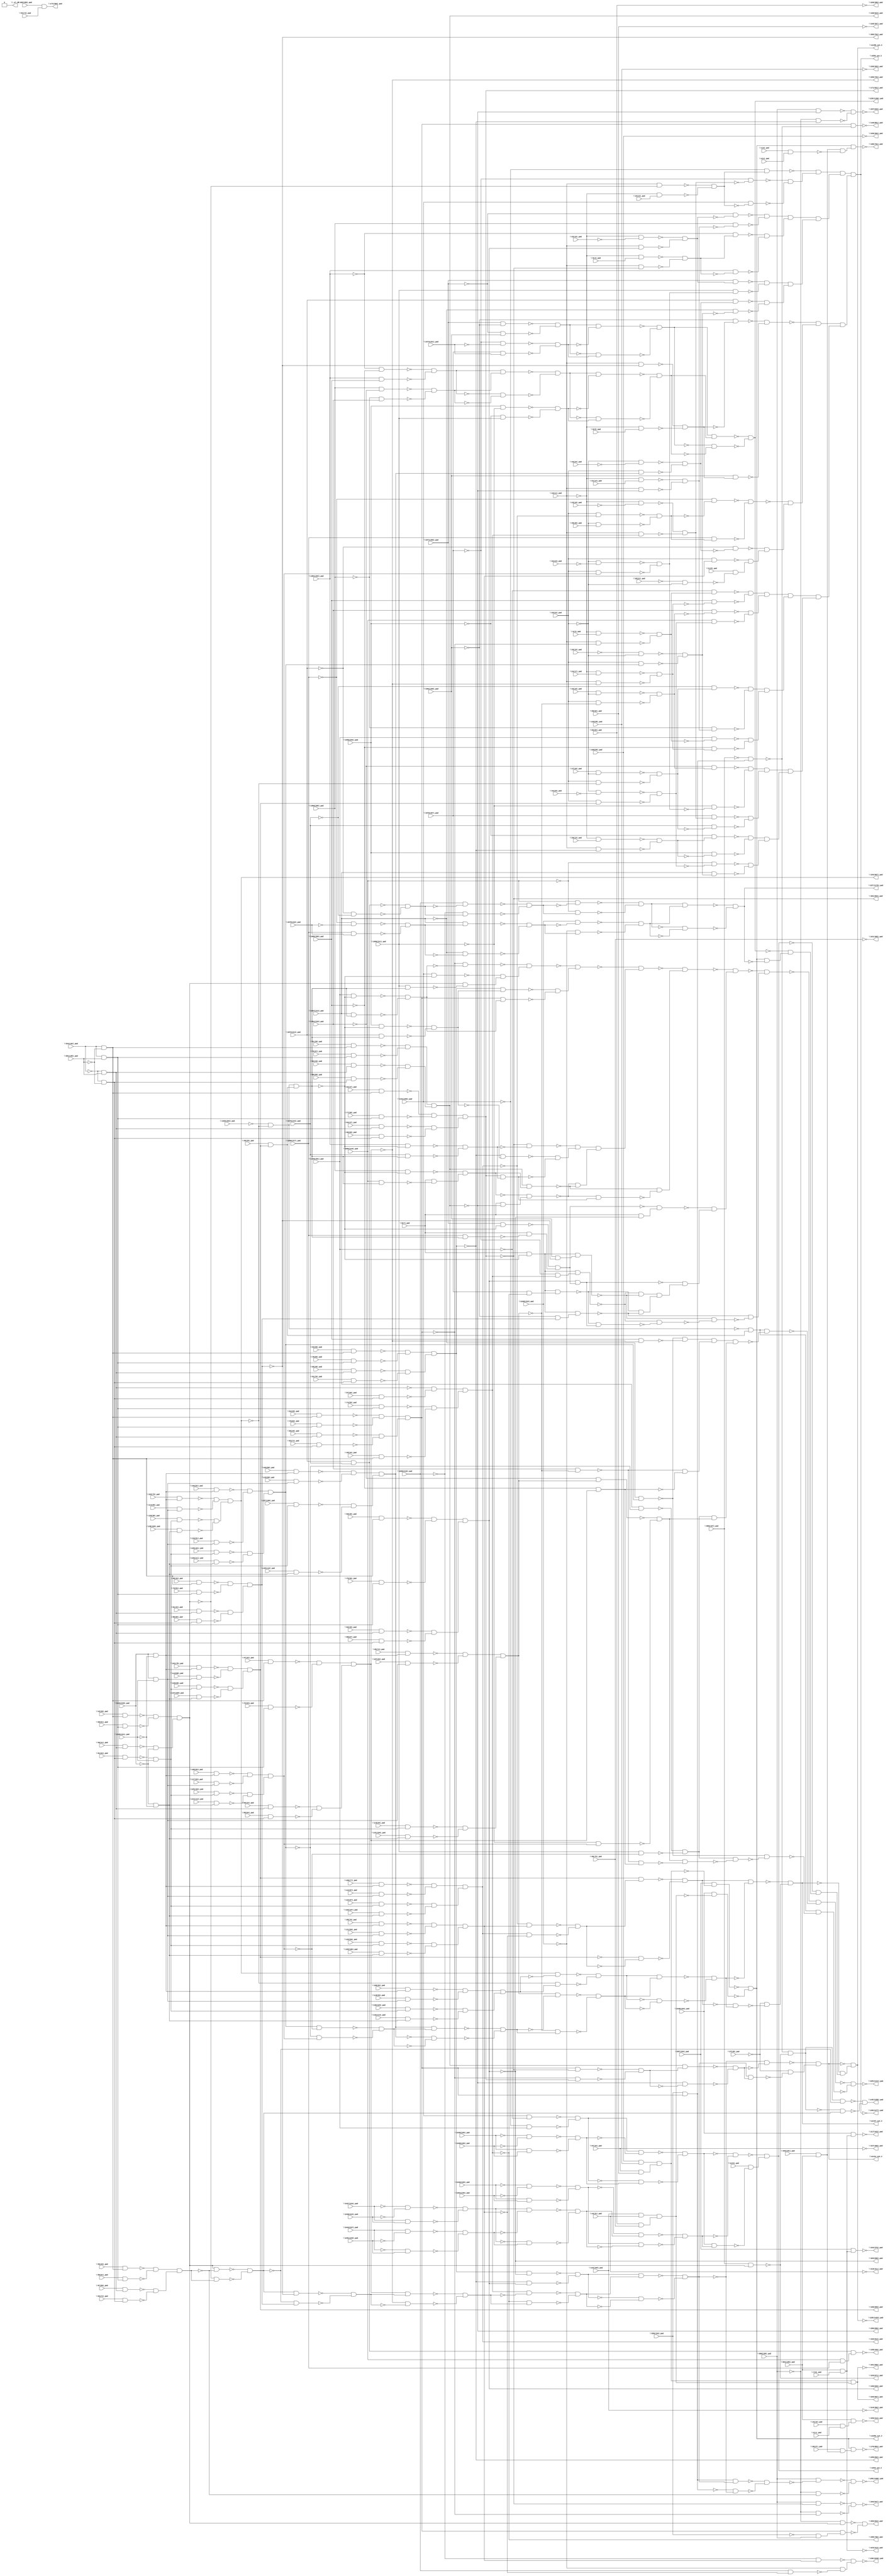
module top( \1(0)_pad  , \100(77)_pad  , \101(78)_pad  , \102(79)_pad  , \103(80)_pad  , \104(81)_pad  , \105(82)_pad  , \106(83)_pad  , \107(84)_pad  , \108(85)_pad  , \11(8)_pad  , \111(86)_pad  , \112(87)_pad  , \113(88)_pad  , \114(89)_pad  , \115(90)_pad  , \116(91)_pad  , \117(92)_pad  , \118(93)_pad  , \119(94)_pad  , \120(95)_pad  , \123(96)_pad  , \124(97)_pad  , \125(98)_pad  , \126(99)_pad  , \127(100)_pad  , \128(101)_pad  , \129(102)_pad  , \130(103)_pad  , \131(104)_pad  , \132(105)_pad  , \1341(200)_pad  , \1348(201)_pad  , \135(106)_pad  , \136(107)_pad  , \137(108)_pad  , \138(109)_pad  , \1384(202)_pad  , \139(110)_pad  , \14(9)_pad  , \140(111)_pad  , \141(112)_pad  , \142(113)_pad  , \15(10)_pad  , \16(11)_pad  , \19(12)_pad  , \1956(203)_pad  , \1961(204)_pad  , \1966(205)_pad  , \1971(206)_pad  , \1976(207)_pad  , \1981(208)_pad  , \1986(209)_pad  , \1991(210)_pad  , \1996(211)_pad  , \2(1)_pad  , \20(13)_pad  , \2067(213)_pad  , \2072(214)_pad  , \2078(215)_pad  , \2084(216)_pad  , \2090(217)_pad  , \2096(218)_pad  , \21(14)_pad  , \2100(219)_pad  , \2104(220)_pad  , \2105(221)_pad  , \2106(222)_pad  , \22(15)_pad  , \23(16)_pad  , \24(17)_pad  , \2427(223)_pad  , \2430(224)_pad  , \2435(225)_pad  , \2438(226)_pad  , \2443(227)_pad  , \2446(228)_pad  , \2451(229)_pad  , \2454(230)_pad  , \2474(231)_pad  , \25(18)_pad  , \26(19)_pad  , \2678(232)_pad  , \27(20)_pad  , \28(21)_pad  , \29(22)_pad  , \3(2)_pad  , \32(23)_pad  , \33(24)_pad  , \34(25)_pad  , \35(26)_pad  , \36(27)_pad  , \37(28)_pad  , \4(3)_pad  , \40(29)_pad  , \409(298)_pad  , \43(30)_pad  , \44(31)_pad  , \47(32)_pad  , \48(33)_pad  , \483(191)_pad  , \49(34)_pad  , \5(4)_pad  , \50(35)_pad  , \51(36)_pad  , \52(37)_pad  , \53(38)_pad  , \54(39)_pad  , \543(192)_pad  , \55(40)_pad  , \559(193)_pad  , \56(41)_pad  , \567(194)_pad  , \57(42)_pad  , \6(5)_pad  , \60(43)_pad  , \61(44)_pad  , \62(45)_pad  , \63(46)_pad  , \64(47)_pad  , \65(48)_pad  , \651(195)_pad  , \66(49)_pad  , \661(196)_pad  , \67(50)_pad  , \68(51)_pad  , \69(52)_pad  , \7(6)_pad  , \72(53)_pad  , \73(54)_pad  , \74(55)_pad  , \75(56)_pad  , \76(57)_pad  , \77(58)_pad  , \78(59)_pad  , \79(60)_pad  , \8(7)_pad  , \80(61)_pad  , \81(62)_pad  , \82(63)_pad  , \85(64)_pad  , \86(65)_pad  , \860(197)_pad  , \868(198)_pad  , \87(66)_pad  , \88(67)_pad  , \89(68)_pad  , \90(69)_pad  , \91(70)_pad  , \92(71)_pad  , \93(72)_pad  , \94(73)_pad  , \95(74)_pad  , \96(75)_pad  , \99(76)_pad  , \145(1358)_pad  , \148(851)_pad  , \150(1277)_pad  , \153(671)_pad  , \156(1046)_pad  , \158(349)_pad  , \160(609)_pad  , \162(612)_pad  , \164(607)_pad  , \166(625)_pad  , \168(623)_pad  , \171(621)_pad  , \173(389)_pad  , \176(803)_pad  , \188(761)_pad  , \217(423)_pad  , \218(311)_pad  , \219(302)_pad  , \220(306)_pad  , \221(305)_pad  , \223(413)_pad  , \225(1424)_pad  , \227(1179)_pad  , \229(1180)_pad  , \234(376)_pad  , \235(307)_pad  , \236(303)_pad  , \237(309)_pad  , \238(304)_pad  , \259(414)_pad  , \261(506)_pad  , \282(922)_pad  , \284(847)_pad  , \286(696)_pad  , \288(700)_pad  , \290(704)_pad  , \295(1400)_pad  , \297(849)_pad  , \299(692)_pad  , \301(694)_pad  , \303(698)_pad  , \305(702)_pad  , \325(507)_pad  , \329(1414)_pad  , \_al_n0  , \u1082_syn_3  , \u1396_syn_3  , \u1414_syn_3  , \u1447_syn_3  , \u538_syn_3  , \u539_syn_3  );
  input \1(0)_pad  ;
  input \100(77)_pad  ;
  input \101(78)_pad  ;
  input \102(79)_pad  ;
  input \103(80)_pad  ;
  input \104(81)_pad  ;
  input \105(82)_pad  ;
  input \106(83)_pad  ;
  input \107(84)_pad  ;
  input \108(85)_pad  ;
  input \11(8)_pad  ;
  input \111(86)_pad  ;
  input \112(87)_pad  ;
  input \113(88)_pad  ;
  input \114(89)_pad  ;
  input \115(90)_pad  ;
  input \116(91)_pad  ;
  input \117(92)_pad  ;
  input \118(93)_pad  ;
  input \119(94)_pad  ;
  input \120(95)_pad  ;
  input \123(96)_pad  ;
  input \124(97)_pad  ;
  input \125(98)_pad  ;
  input \126(99)_pad  ;
  input \127(100)_pad  ;
  input \128(101)_pad  ;
  input \129(102)_pad  ;
  input \130(103)_pad  ;
  input \131(104)_pad  ;
  input \132(105)_pad  ;
  input \1341(200)_pad  ;
  input \1348(201)_pad  ;
  input \135(106)_pad  ;
  input \136(107)_pad  ;
  input \137(108)_pad  ;
  input \138(109)_pad  ;
  input \1384(202)_pad  ;
  input \139(110)_pad  ;
  input \14(9)_pad  ;
  input \140(111)_pad  ;
  input \141(112)_pad  ;
  input \142(113)_pad  ;
  input \15(10)_pad  ;
  input \16(11)_pad  ;
  input \19(12)_pad  ;
  input \1956(203)_pad  ;
  input \1961(204)_pad  ;
  input \1966(205)_pad  ;
  input \1971(206)_pad  ;
  input \1976(207)_pad  ;
  input \1981(208)_pad  ;
  input \1986(209)_pad  ;
  input \1991(210)_pad  ;
  input \1996(211)_pad  ;
  input \2(1)_pad  ;
  input \20(13)_pad  ;
  input \2067(213)_pad  ;
  input \2072(214)_pad  ;
  input \2078(215)_pad  ;
  input \2084(216)_pad  ;
  input \2090(217)_pad  ;
  input \2096(218)_pad  ;
  input \21(14)_pad  ;
  input \2100(219)_pad  ;
  input \2104(220)_pad  ;
  input \2105(221)_pad  ;
  input \2106(222)_pad  ;
  input \22(15)_pad  ;
  input \23(16)_pad  ;
  input \24(17)_pad  ;
  input \2427(223)_pad  ;
  input \2430(224)_pad  ;
  input \2435(225)_pad  ;
  input \2438(226)_pad  ;
  input \2443(227)_pad  ;
  input \2446(228)_pad  ;
  input \2451(229)_pad  ;
  input \2454(230)_pad  ;
  input \2474(231)_pad  ;
  input \25(18)_pad  ;
  input \26(19)_pad  ;
  input \2678(232)_pad  ;
  input \27(20)_pad  ;
  input \28(21)_pad  ;
  input \29(22)_pad  ;
  input \3(2)_pad  ;
  input \32(23)_pad  ;
  input \33(24)_pad  ;
  input \34(25)_pad  ;
  input \35(26)_pad  ;
  input \36(27)_pad  ;
  input \37(28)_pad  ;
  input \4(3)_pad  ;
  input \40(29)_pad  ;
  input \409(298)_pad  ;
  input \43(30)_pad  ;
  input \44(31)_pad  ;
  input \47(32)_pad  ;
  input \48(33)_pad  ;
  input \483(191)_pad  ;
  input \49(34)_pad  ;
  input \5(4)_pad  ;
  input \50(35)_pad  ;
  input \51(36)_pad  ;
  input \52(37)_pad  ;
  input \53(38)_pad  ;
  input \54(39)_pad  ;
  input \543(192)_pad  ;
  input \55(40)_pad  ;
  input \559(193)_pad  ;
  input \56(41)_pad  ;
  input \567(194)_pad  ;
  input \57(42)_pad  ;
  input \6(5)_pad  ;
  input \60(43)_pad  ;
  input \61(44)_pad  ;
  input \62(45)_pad  ;
  input \63(46)_pad  ;
  input \64(47)_pad  ;
  input \65(48)_pad  ;
  input \651(195)_pad  ;
  input \66(49)_pad  ;
  input \661(196)_pad  ;
  input \67(50)_pad  ;
  input \68(51)_pad  ;
  input \69(52)_pad  ;
  input \7(6)_pad  ;
  input \72(53)_pad  ;
  input \73(54)_pad  ;
  input \74(55)_pad  ;
  input \75(56)_pad  ;
  input \76(57)_pad  ;
  input \77(58)_pad  ;
  input \78(59)_pad  ;
  input \79(60)_pad  ;
  input \8(7)_pad  ;
  input \80(61)_pad  ;
  input \81(62)_pad  ;
  input \82(63)_pad  ;
  input \85(64)_pad  ;
  input \86(65)_pad  ;
  input \860(197)_pad  ;
  input \868(198)_pad  ;
  input \87(66)_pad  ;
  input \88(67)_pad  ;
  input \89(68)_pad  ;
  input \90(69)_pad  ;
  input \91(70)_pad  ;
  input \92(71)_pad  ;
  input \93(72)_pad  ;
  input \94(73)_pad  ;
  input \95(74)_pad  ;
  input \96(75)_pad  ;
  input \99(76)_pad  ;
  output \145(1358)_pad  ;
  output \148(851)_pad  ;
  output \150(1277)_pad  ;
  output \153(671)_pad  ;
  output \156(1046)_pad  ;
  output \158(349)_pad  ;
  output \160(609)_pad  ;
  output \162(612)_pad  ;
  output \164(607)_pad  ;
  output \166(625)_pad  ;
  output \168(623)_pad  ;
  output \171(621)_pad  ;
  output \173(389)_pad  ;
  output \176(803)_pad  ;
  output \188(761)_pad  ;
  output \217(423)_pad  ;
  output \218(311)_pad  ;
  output \219(302)_pad  ;
  output \220(306)_pad  ;
  output \221(305)_pad  ;
  output \223(413)_pad  ;
  output \225(1424)_pad  ;
  output \227(1179)_pad  ;
  output \229(1180)_pad  ;
  output \234(376)_pad  ;
  output \235(307)_pad  ;
  output \236(303)_pad  ;
  output \237(309)_pad  ;
  output \238(304)_pad  ;
  output \259(414)_pad  ;
  output \261(506)_pad  ;
  output \282(922)_pad  ;
  output \284(847)_pad  ;
  output \286(696)_pad  ;
  output \288(700)_pad  ;
  output \290(704)_pad  ;
  output \295(1400)_pad  ;
  output \297(849)_pad  ;
  output \299(692)_pad  ;
  output \301(694)_pad  ;
  output \303(698)_pad  ;
  output \305(702)_pad  ;
  output \325(507)_pad  ;
  output \329(1414)_pad  ;
  output \_al_n0  ;
  output \u1082_syn_3  ;
  output \u1396_syn_3  ;
  output \u1414_syn_3  ;
  output \u1447_syn_3  ;
  output \u538_syn_3  ;
  output \u539_syn_3  ;
  wire n156 , n157 , n158 , n159 , n160 , n161 , n162 , n163 , n164 , n165 , n166 , n167 , n168 , n169 , n170 , n171 , n172 , n173 , n174 , n175 , n176 , n177 , n178 , n179 , n180 , n181 , n182 , n183 , n184 , n185 , n186 , n187 , n188 , n189 , n190 , n191 , n192 , n193 , n194 , n195 , n196 , n197 , n198 , n199 , n200 , n201 , n202 , n203 , n204 , n205 , n206 , n207 , n208 , n209 , n210 , n211 , n212 , n213 , n214 , n215 , n216 , n217 , n218 , n219 , n220 , n221 , n222 , n223 , n224 , n225 , n226 , n227 , n228 , n229 , n230 , n231 , n232 , n233 , n234 , n235 , n236 , n237 , n238 , n239 , n240 , n241 , n242 , n243 , n244 , n245 , n246 , n247 , n248 , n249 , n250 , n251 , n252 , n253 , n254 , n255 , n256 , n257 , n258 , n259 , n260 , n261 , n262 , n263 , n264 , n265 , n266 , n267 , n268 , n269 , n270 , n271 , n272 , n273 , n274 , n275 , n276 , n277 , n278 , n279 , n280 , n281 , n282 , n283 , n284 , n285 , n286 , n287 , n288 , n289 , n290 , n291 , n292 , n293 , n294 , n295 , n296 , n297 , n298 , n299 , n300 , n301 , n302 , n303 , n304 , n305 , n306 , n307 , n308 , n309 , n310 , n311 , n312 , n313 , n314 , n315 , n316 , n317 , n318 , n319 , n320 , n321 , n322 , n323 , n324 , n325 , n326 , n327 , n328 , n329 , n330 , n331 , n332 , n333 , n334 , n335 , n336 , n337 , n338 , n339 , n340 , n341 , n342 , n343 , n344 , n345 , n346 , n347 , n348 , n349 , n350 , n351 , n352 , n353 , n354 , n355 , n356 , n357 , n358 , n359 , n360 , n361 , n362 , n363 , n364 , n365 , n366 , n367 , n368 , n369 , n370 , n371 , n372 , n373 , n374 , n375 , n376 , n377 , n378 , n379 , n380 , n381 , n382 , n383 , n384 , n385 , n386 , n387 , n388 , n389 , n390 , n391 , n392 , n393 , n394 , n395 , n396 , n397 , n398 , n399 , n400 , n401 , n402 , n403 , n404 , n405 , n406 , n407 , n408 , n409 , n410 , n411 , n412 , n413 , n414 , n415 , n416 , n417 , n418 , n419 , n420 , n421 , n422 , n423 , n424 , n425 , n426 , n427 , n428 , n429 , n430 , n431 , n432 , n433 , n434 , n435 , n436 , n437 , n438 , n439 , n440 , n441 , n442 , n443 , n444 , n445 , n446 , n447 , n448 , n449 , n450 , n451 , n452 , n453 , n454 , n455 , n456 , n457 , n458 , n459 , n460 , n461 , n462 , n463 , n464 , n465 , n466 , n467 , n468 , n469 , n470 , n471 , n472 , n473 , n474 , n475 , n476 , n477 , n478 , n479 , n480 , n481 , n482 , n483 , n484 , n485 , n486 , n487 , n488 , n489 , n490 , n491 , n492 , n493 , n494 , n495 , n496 , n497 , n498 , n499 , n500 , n501 , n502 , n503 , n504 , n505 , n506 , n507 , n508 , n509 , n510 , n511 , n512 , n513 , n514 , n515 , n516 , n517 , n518 , n519 , n520 , n521 , n522 , n523 , n524 , n525 , n526 , n527 , n528 , n529 , n530 , n531 , n532 , n533 , n534 , n535 , n536 , n537 , n538 , n539 , n540 , n541 , n542 , n543 , n544 , n545 , n546 , n547 , n548 , n549 , n550 , n551 , n552 , n553 , n554 , n555 , n556 , n557 , n558 , n559 , n560 , n561 , n562 , n563 , n564 , n565 , n566 , n567 , n568 , n569 , n570 , n571 , n572 , n573 , n574 , n575 , n576 , n577 , n578 , n579 , n580 , n581 , n582 , n583 , n584 , n585 , n586 , n587 , n588 , n589 , n590 , n591 , n592 , n593 , n594 , n595 , n596 , n597 , n598 , n599 , n600 , n601 , n602 , n603 , n604 , n605 , n606 , n607 , n608 , n609 , n610 , n611 , n612 , n613 , n614 , n615 , n616 , n617 , n618 , n619 , n620 , n621 , n622 , n623 , n624 , n625 , n626 , n627 , n628 , n629 , n630 , n631 , n632 , n633 , n634 , n635 , n636 , n637 , n638 , n639 , n640 , n641 , n642 , n643 , n644 , n645 , n646 , n647 , n648 , n649 , n650 , n651 , n652 , n653 , n654 , n655 , n656 , n657 , n658 , n659 , n660 , n661 , n662 , n663 , n664 , n665 , n666 , n667 , n668 , n669 , n670 , n671 , n672 , n673 , n674 , n675 , n676 , n677 , n678 , n679 , n680 , n681 , n682 , n683 , n684 , n685 , n686 , n687 , n688 ;
  assign n156 = \543(192)_pad  & ~\651(195)_pad  ;
  assign n157 = \54(39)_pad  & n156 ;
  assign n158 = \543(192)_pad  & \651(195)_pad  ;
  assign n159 = \79(60)_pad  & n158 ;
  assign n164 = ~n157 & ~n159 ;
  assign n160 = ~\543(192)_pad  & \651(195)_pad  ;
  assign n161 = \66(49)_pad  & n160 ;
  assign n162 = ~\543(192)_pad  & ~\651(195)_pad  ;
  assign n163 = \92(71)_pad  & n162 ;
  assign n165 = ~n161 & ~n163 ;
  assign n166 = n164 & n165 ;
  assign n167 = \559(193)_pad  & n166 ;
  assign n168 = ~\860(197)_pad  & n167 ;
  assign n169 = \43(30)_pad  & n156 ;
  assign n170 = \68(51)_pad  & n158 ;
  assign n173 = ~n169 & ~n170 ;
  assign n171 = \56(41)_pad  & n160 ;
  assign n172 = \81(62)_pad  & n162 ;
  assign n174 = ~n171 & ~n172 ;
  assign n175 = n173 & n174 ;
  assign n176 = \860(197)_pad  & n175 ;
  assign n177 = ~n168 & ~n176 ;
  assign n178 = \55(40)_pad  & n156 ;
  assign n179 = \80(61)_pad  & n158 ;
  assign n182 = ~n178 & ~n179 ;
  assign n180 = \67(50)_pad  & n160 ;
  assign n181 = \93(72)_pad  & n162 ;
  assign n183 = ~n180 & ~n181 ;
  assign n184 = n182 & n183 ;
  assign n185 = n175 & ~n184 ;
  assign n186 = ~n175 & n184 ;
  assign n187 = ~n185 & ~n186 ;
  assign n188 = n177 & ~n187 ;
  assign n189 = ~n177 & n187 ;
  assign n190 = ~n188 & ~n189 ;
  assign n191 = n166 & ~n168 ;
  assign n379 = \16(11)_pad  & ~n175 ;
  assign n380 = ~\16(11)_pad  & \19(12)_pad  ;
  assign n381 = ~n379 & ~n380 ;
  assign n383 = ~\1341(200)_pad  & n381 ;
  assign n339 = ~\16(11)_pad  & ~\23(16)_pad  ;
  assign n340 = \87(66)_pad  & n162 ;
  assign n343 = ~n160 & ~n340 ;
  assign n341 = \74(55)_pad  & n158 ;
  assign n342 = \49(34)_pad  & n156 ;
  assign n344 = ~n341 & ~n342 ;
  assign n345 = n343 & n344 ;
  assign n346 = \16(11)_pad  & n345 ;
  assign n347 = ~n339 & ~n346 ;
  assign n378 = ~\1976(207)_pad  & ~n347 ;
  assign n382 = \1341(200)_pad  & ~n381 ;
  assign n399 = ~n378 & ~n382 ;
  assign n400 = ~n383 & n399 ;
  assign n350 = ~\16(11)_pad  & ~\22(15)_pad  ;
  assign n351 = \50(35)_pad  & n156 ;
  assign n352 = \75(56)_pad  & n158 ;
  assign n355 = ~n351 & ~n352 ;
  assign n353 = \62(45)_pad  & n160 ;
  assign n354 = \88(67)_pad  & n162 ;
  assign n356 = ~n353 & ~n354 ;
  assign n357 = n355 & n356 ;
  assign n358 = \16(11)_pad  & n357 ;
  assign n359 = ~n350 & ~n358 ;
  assign n364 = ~\1971(206)_pad  & ~n359 ;
  assign n231 = ~\16(11)_pad  & \21(14)_pad  ;
  assign n232 = \51(36)_pad  & n156 ;
  assign n233 = \76(57)_pad  & n158 ;
  assign n236 = ~n232 & ~n233 ;
  assign n234 = \63(46)_pad  & n160 ;
  assign n235 = \89(68)_pad  & n162 ;
  assign n237 = ~n234 & ~n235 ;
  assign n238 = n236 & n237 ;
  assign n239 = \16(11)_pad  & ~n238 ;
  assign n240 = ~n231 & ~n239 ;
  assign n365 = \1966(205)_pad  & ~n240 ;
  assign n397 = ~n364 & ~n365 ;
  assign n366 = ~\16(11)_pad  & \5(4)_pad  ;
  assign n367 = \52(37)_pad  & n156 ;
  assign n368 = \77(58)_pad  & n158 ;
  assign n371 = ~n367 & ~n368 ;
  assign n369 = \64(47)_pad  & n160 ;
  assign n370 = \90(69)_pad  & n162 ;
  assign n372 = ~n369 & ~n370 ;
  assign n373 = n371 & n372 ;
  assign n374 = \16(11)_pad  & ~n373 ;
  assign n375 = ~n366 & ~n374 ;
  assign n376 = ~\1961(204)_pad  & n375 ;
  assign n377 = \1961(204)_pad  & ~n375 ;
  assign n398 = ~n376 & ~n377 ;
  assign n401 = n397 & n398 ;
  assign n360 = \1971(206)_pad  & n359 ;
  assign n328 = ~\29(22)_pad  & ~\32(23)_pad  ;
  assign n192 = \2104(220)_pad  & ~\2105(221)_pad  ;
  assign n329 = \105(82)_pad  & n192 ;
  assign n194 = \2104(220)_pad  & \2105(221)_pad  ;
  assign n330 = \117(92)_pad  & n194 ;
  assign n333 = ~n329 & ~n330 ;
  assign n196 = ~\2104(220)_pad  & \2105(221)_pad  ;
  assign n331 = \129(102)_pad  & n196 ;
  assign n198 = ~\2104(220)_pad  & ~\2105(221)_pad  ;
  assign n332 = \141(112)_pad  & n198 ;
  assign n334 = ~n331 & ~n332 ;
  assign n335 = n333 & n334 ;
  assign n336 = \29(22)_pad  & n335 ;
  assign n337 = ~n328 & ~n336 ;
  assign n361 = \1996(211)_pad  & n337 ;
  assign n395 = ~n360 & ~n361 ;
  assign n209 = ~\29(22)_pad  & ~\33(24)_pad  ;
  assign n210 = \103(80)_pad  & n192 ;
  assign n211 = \115(90)_pad  & n194 ;
  assign n214 = ~n210 & ~n211 ;
  assign n212 = \127(100)_pad  & n196 ;
  assign n213 = \139(110)_pad  & n198 ;
  assign n215 = ~n212 & ~n213 ;
  assign n216 = n214 & n215 ;
  assign n217 = \29(22)_pad  & n216 ;
  assign n218 = ~n209 & ~n217 ;
  assign n362 = \2072(214)_pad  & n218 ;
  assign n316 = ~\26(19)_pad  & ~\29(22)_pad  ;
  assign n317 = \104(81)_pad  & n192 ;
  assign n318 = \116(91)_pad  & n194 ;
  assign n321 = ~n317 & ~n318 ;
  assign n319 = \128(101)_pad  & n196 ;
  assign n320 = \140(111)_pad  & n198 ;
  assign n322 = ~n319 & ~n320 ;
  assign n323 = n321 & n322 ;
  assign n324 = \29(22)_pad  & n323 ;
  assign n325 = ~n316 & ~n324 ;
  assign n363 = ~\2067(213)_pad  & ~n325 ;
  assign n396 = ~n362 & ~n363 ;
  assign n402 = n395 & n396 ;
  assign n411 = n401 & n402 ;
  assign n412 = n400 & n411 ;
  assign n246 = \48(33)_pad  & n156 ;
  assign n247 = \73(54)_pad  & n158 ;
  assign n250 = ~n246 & ~n247 ;
  assign n248 = \61(44)_pad  & n160 ;
  assign n249 = \86(65)_pad  & n162 ;
  assign n251 = ~n248 & ~n249 ;
  assign n252 = n250 & n251 ;
  assign n253 = \16(11)_pad  & ~n252 ;
  assign n254 = ~\16(11)_pad  & \6(5)_pad  ;
  assign n255 = ~n253 & ~n254 ;
  assign n256 = ~\1981(208)_pad  & ~n255 ;
  assign n257 = \1981(208)_pad  & n255 ;
  assign n258 = ~n256 & ~n257 ;
  assign n193 = \100(77)_pad  & n192 ;
  assign n195 = \112(87)_pad  & n194 ;
  assign n200 = ~n193 & ~n195 ;
  assign n197 = \124(97)_pad  & n196 ;
  assign n199 = \136(107)_pad  & n198 ;
  assign n201 = ~n197 & ~n199 ;
  assign n202 = n200 & n201 ;
  assign n203 = \29(22)_pad  & ~n202 ;
  assign n204 = ~\29(22)_pad  & \35(26)_pad  ;
  assign n205 = ~n203 & ~n204 ;
  assign n206 = ~\2090(217)_pad  & ~n205 ;
  assign n207 = \2090(217)_pad  & n205 ;
  assign n208 = ~n206 & ~n207 ;
  assign n219 = ~\2072(214)_pad  & ~n218 ;
  assign n259 = \99(76)_pad  & n192 ;
  assign n260 = \111(86)_pad  & n194 ;
  assign n263 = ~n259 & ~n260 ;
  assign n261 = \123(96)_pad  & n196 ;
  assign n262 = \135(106)_pad  & n198 ;
  assign n264 = ~n261 & ~n262 ;
  assign n265 = n263 & n264 ;
  assign n266 = \29(22)_pad  & n265 ;
  assign n278 = ~\28(21)_pad  & ~\29(22)_pad  ;
  assign n384 = \11(8)_pad  & ~n278 ;
  assign n385 = ~n266 & n384 ;
  assign n386 = ~n219 & n385 ;
  assign n407 = ~n208 & n386 ;
  assign n408 = ~n258 & n407 ;
  assign n242 = ~\16(11)_pad  & \4(3)_pad  ;
  assign n243 = \16(11)_pad  & ~n166 ;
  assign n244 = ~n242 & ~n243 ;
  assign n279 = ~\1348(201)_pad  & n244 ;
  assign n267 = ~\16(11)_pad  & \24(17)_pad  ;
  assign n268 = \47(32)_pad  & n156 ;
  assign n269 = \72(53)_pad  & n158 ;
  assign n272 = ~n268 & ~n269 ;
  assign n270 = \60(43)_pad  & n160 ;
  assign n271 = \85(64)_pad  & n162 ;
  assign n273 = ~n270 & ~n271 ;
  assign n274 = n272 & n273 ;
  assign n275 = \16(11)_pad  & ~n274 ;
  assign n276 = ~n267 & ~n275 ;
  assign n280 = \1986(209)_pad  & ~n276 ;
  assign n389 = ~n279 & ~n280 ;
  assign n281 = \25(18)_pad  & ~\29(22)_pad  ;
  assign n282 = \95(74)_pad  & n192 ;
  assign n283 = \107(84)_pad  & n194 ;
  assign n286 = ~n282 & ~n283 ;
  assign n284 = \119(94)_pad  & n196 ;
  assign n285 = \131(104)_pad  & n198 ;
  assign n287 = ~n284 & ~n285 ;
  assign n288 = n286 & n287 ;
  assign n289 = \29(22)_pad  & ~n288 ;
  assign n290 = ~n281 & ~n289 ;
  assign n291 = \1991(210)_pad  & ~n290 ;
  assign n292 = ~\29(22)_pad  & ~\34(25)_pad  ;
  assign n293 = \101(78)_pad  & n192 ;
  assign n294 = \113(88)_pad  & n194 ;
  assign n297 = ~n293 & ~n294 ;
  assign n295 = \125(98)_pad  & n196 ;
  assign n296 = \137(108)_pad  & n198 ;
  assign n298 = ~n295 & ~n296 ;
  assign n299 = n297 & n298 ;
  assign n300 = \29(22)_pad  & n299 ;
  assign n301 = ~n292 & ~n300 ;
  assign n302 = \2084(216)_pad  & n301 ;
  assign n390 = ~n291 & ~n302 ;
  assign n405 = n389 & n390 ;
  assign n220 = \27(20)_pad  & ~\29(22)_pad  ;
  assign n221 = \102(79)_pad  & n192 ;
  assign n222 = \114(89)_pad  & n194 ;
  assign n225 = ~n221 & ~n222 ;
  assign n223 = \126(99)_pad  & n196 ;
  assign n224 = \138(109)_pad  & n198 ;
  assign n226 = ~n223 & ~n224 ;
  assign n227 = n225 & n226 ;
  assign n228 = \29(22)_pad  & ~n227 ;
  assign n229 = ~n220 & ~n228 ;
  assign n230 = ~\2078(215)_pad  & n229 ;
  assign n241 = ~\1966(205)_pad  & n240 ;
  assign n387 = ~n230 & ~n241 ;
  assign n245 = \1348(201)_pad  & ~n244 ;
  assign n277 = ~\1986(209)_pad  & n276 ;
  assign n388 = ~n245 & ~n277 ;
  assign n406 = n387 & n388 ;
  assign n409 = n405 & n406 ;
  assign n327 = ~\1991(210)_pad  & n290 ;
  assign n338 = ~\1996(211)_pad  & ~n337 ;
  assign n393 = ~n327 & ~n338 ;
  assign n348 = \1976(207)_pad  & n347 ;
  assign n349 = \2078(215)_pad  & ~n229 ;
  assign n394 = ~n348 & ~n349 ;
  assign n403 = n393 & n394 ;
  assign n303 = ~\16(11)_pad  & \20(13)_pad  ;
  assign n304 = \53(38)_pad  & n156 ;
  assign n305 = \78(59)_pad  & n158 ;
  assign n308 = ~n304 & ~n305 ;
  assign n306 = \65(48)_pad  & n160 ;
  assign n307 = \91(70)_pad  & n162 ;
  assign n309 = ~n306 & ~n307 ;
  assign n310 = n308 & n309 ;
  assign n311 = \16(11)_pad  & ~n310 ;
  assign n312 = ~n303 & ~n311 ;
  assign n313 = ~\1956(203)_pad  & n312 ;
  assign n314 = \1956(203)_pad  & ~n312 ;
  assign n391 = ~n313 & ~n314 ;
  assign n315 = ~\2084(216)_pad  & ~n301 ;
  assign n326 = \2067(213)_pad  & n325 ;
  assign n392 = ~n315 & ~n326 ;
  assign n404 = n391 & n392 ;
  assign n410 = n403 & n404 ;
  assign n413 = n409 & n410 ;
  assign n414 = n408 & n413 ;
  assign n415 = n412 & n414 ;
  assign n417 = ~\2096(218)_pad  & n265 ;
  assign n416 = \2096(218)_pad  & ~n265 ;
  assign n418 = ~\2100(219)_pad  & ~n416 ;
  assign n419 = ~n417 & n418 ;
  assign n420 = \2072(214)_pad  & \2078(215)_pad  ;
  assign n421 = \2084(216)_pad  & \2090(217)_pad  ;
  assign n422 = n420 & n421 ;
  assign n423 = \409(298)_pad  & \94(73)_pad  ;
  assign n424 = \108(85)_pad  & \120(95)_pad  ;
  assign n425 = \57(42)_pad  & \69(52)_pad  ;
  assign n426 = n424 & n425 ;
  assign n427 = \567(194)_pad  & ~n426 ;
  assign n428 = \132(105)_pad  & \44(31)_pad  ;
  assign n429 = \82(63)_pad  & \96(75)_pad  ;
  assign n430 = n428 & n429 ;
  assign n431 = \2106(222)_pad  & ~n430 ;
  assign n432 = ~n427 & ~n431 ;
  assign n433 = \483(191)_pad  & \661(196)_pad  ;
  assign n434 = \36(27)_pad  & n433 ;
  assign n435 = n432 & n434 ;
  assign n436 = \1(0)_pad  & \3(2)_pad  ;
  assign n437 = n433 & ~n436 ;
  assign n438 = n432 & n437 ;
  assign n439 = \661(196)_pad  & \7(6)_pad  ;
  assign n440 = \2106(222)_pad  & n439 ;
  assign n441 = n310 & ~n357 ;
  assign n442 = ~n310 & n357 ;
  assign n443 = ~n441 & ~n442 ;
  assign n444 = n187 & ~n252 ;
  assign n445 = ~n187 & n252 ;
  assign n446 = ~n444 & ~n445 ;
  assign n447 = n274 & n446 ;
  assign n448 = ~n274 & ~n446 ;
  assign n449 = ~n447 & ~n448 ;
  assign n450 = n345 & ~n449 ;
  assign n451 = ~n345 & n449 ;
  assign n452 = ~n450 & ~n451 ;
  assign n453 = n443 & n452 ;
  assign n454 = ~n443 & ~n452 ;
  assign n455 = ~n453 & ~n454 ;
  assign n456 = n166 & ~n373 ;
  assign n457 = ~n166 & n373 ;
  assign n458 = ~n456 & ~n457 ;
  assign n459 = n238 & n458 ;
  assign n460 = ~n238 & ~n458 ;
  assign n461 = ~n459 & ~n460 ;
  assign n463 = ~n455 & ~n461 ;
  assign n462 = n455 & n461 ;
  assign n464 = ~\37(28)_pad  & ~n462 ;
  assign n465 = ~n463 & n464 ;
  assign n494 = ~n202 & n265 ;
  assign n495 = n202 & ~n265 ;
  assign n496 = ~n494 & ~n495 ;
  assign n497 = n299 & n496 ;
  assign n498 = ~n299 & ~n496 ;
  assign n499 = ~n497 & ~n498 ;
  assign n500 = \106(83)_pad  & n192 ;
  assign n501 = \118(93)_pad  & n194 ;
  assign n504 = ~n500 & ~n501 ;
  assign n502 = \130(103)_pad  & n196 ;
  assign n503 = \142(113)_pad  & n198 ;
  assign n505 = ~n502 & ~n503 ;
  assign n506 = n504 & n505 ;
  assign n507 = n227 & ~n506 ;
  assign n508 = ~n227 & n506 ;
  assign n509 = ~n507 & ~n508 ;
  assign n510 = n323 & ~n335 ;
  assign n511 = ~n323 & n335 ;
  assign n512 = ~n510 & ~n511 ;
  assign n513 = n216 & n512 ;
  assign n514 = ~n216 & ~n512 ;
  assign n515 = ~n513 & ~n514 ;
  assign n516 = n288 & ~n515 ;
  assign n517 = ~n288 & n515 ;
  assign n518 = ~n516 & ~n517 ;
  assign n519 = n509 & n518 ;
  assign n520 = ~n509 & ~n518 ;
  assign n521 = ~n519 & ~n520 ;
  assign n523 = n499 & ~n521 ;
  assign n522 = ~n499 & n521 ;
  assign n524 = ~\37(28)_pad  & ~n522 ;
  assign n525 = ~n523 & n524 ;
  assign n466 = \1341(200)_pad  & ~\1348(201)_pad  ;
  assign n467 = ~\1341(200)_pad  & \1348(201)_pad  ;
  assign n468 = ~n466 & ~n467 ;
  assign n469 = ~\2435(225)_pad  & ~\2438(226)_pad  ;
  assign n470 = \2435(225)_pad  & \2438(226)_pad  ;
  assign n471 = ~n469 & ~n470 ;
  assign n472 = n468 & ~n471 ;
  assign n473 = ~n468 & n471 ;
  assign n474 = ~n472 & ~n473 ;
  assign n475 = ~\2446(228)_pad  & ~\2454(230)_pad  ;
  assign n476 = \2446(228)_pad  & \2454(230)_pad  ;
  assign n477 = ~n475 & ~n476 ;
  assign n478 = ~\2427(223)_pad  & ~\2430(224)_pad  ;
  assign n479 = \2427(223)_pad  & \2430(224)_pad  ;
  assign n480 = ~n478 & ~n479 ;
  assign n481 = \2443(227)_pad  & ~\2451(229)_pad  ;
  assign n482 = ~\2443(227)_pad  & \2451(229)_pad  ;
  assign n483 = ~n481 & ~n482 ;
  assign n484 = n480 & ~n483 ;
  assign n485 = ~n480 & n483 ;
  assign n486 = ~n484 & ~n485 ;
  assign n487 = ~n477 & n486 ;
  assign n488 = n477 & ~n486 ;
  assign n489 = ~n487 & ~n488 ;
  assign n491 = ~n474 & ~n489 ;
  assign n490 = n474 & n489 ;
  assign n492 = \14(9)_pad  & ~n490 ;
  assign n493 = ~n491 & n492 ;
  assign n546 = \1971(206)_pad  & ~\1981(208)_pad  ;
  assign n547 = ~\1971(206)_pad  & \1981(208)_pad  ;
  assign n548 = ~n546 & ~n547 ;
  assign n549 = ~\1976(207)_pad  & ~\2474(231)_pad  ;
  assign n550 = \1976(207)_pad  & \2474(231)_pad  ;
  assign n551 = ~n549 & ~n550 ;
  assign n552 = n548 & ~n551 ;
  assign n553 = ~n548 & n551 ;
  assign n554 = ~n552 & ~n553 ;
  assign n555 = ~\1961(204)_pad  & ~\1986(209)_pad  ;
  assign n556 = \1961(204)_pad  & \1986(209)_pad  ;
  assign n557 = ~n555 & ~n556 ;
  assign n558 = \1966(205)_pad  & ~\1991(210)_pad  ;
  assign n559 = ~\1966(205)_pad  & \1991(210)_pad  ;
  assign n560 = ~n558 & ~n559 ;
  assign n561 = n557 & n560 ;
  assign n562 = ~n557 & ~n560 ;
  assign n563 = ~n561 & ~n562 ;
  assign n564 = \1956(203)_pad  & ~\1996(211)_pad  ;
  assign n565 = ~\1956(203)_pad  & \1996(211)_pad  ;
  assign n566 = ~n564 & ~n565 ;
  assign n567 = n563 & ~n566 ;
  assign n568 = ~n563 & n566 ;
  assign n569 = ~n567 & ~n568 ;
  assign n570 = n554 & n569 ;
  assign n571 = ~n554 & ~n569 ;
  assign n572 = ~n570 & ~n571 ;
  assign n526 = ~\2072(214)_pad  & ~\2078(215)_pad  ;
  assign n527 = ~n420 & ~n526 ;
  assign n528 = \2096(218)_pad  & ~n527 ;
  assign n529 = ~\2096(218)_pad  & n527 ;
  assign n530 = ~n528 & ~n529 ;
  assign n531 = \2084(216)_pad  & ~n530 ;
  assign n532 = ~\2084(216)_pad  & n530 ;
  assign n533 = ~n531 & ~n532 ;
  assign n534 = ~\2090(217)_pad  & ~\2678(232)_pad  ;
  assign n535 = \2090(217)_pad  & \2678(232)_pad  ;
  assign n536 = ~n534 & ~n535 ;
  assign n537 = \2067(213)_pad  & n536 ;
  assign n538 = ~\2067(213)_pad  & ~n536 ;
  assign n539 = ~n537 & ~n538 ;
  assign n540 = \2100(219)_pad  & ~n539 ;
  assign n541 = ~\2100(219)_pad  & n539 ;
  assign n542 = ~n540 & ~n541 ;
  assign n543 = n533 & n542 ;
  assign n544 = ~n533 & ~n542 ;
  assign n545 = ~n543 & ~n544 ;
  assign n573 = n432 & ~n545 ;
  assign n574 = ~n572 & n573 ;
  assign n575 = ~n493 & n574 ;
  assign n576 = ~n525 & n575 ;
  assign n577 = ~n465 & n576 ;
  assign n578 = \567(194)_pad  & n439 ;
  assign n579 = \15(10)_pad  & \2(1)_pad  ;
  assign n580 = \661(196)_pad  & n579 ;
  assign n581 = n426 & n430 ;
  assign n582 = ~\868(198)_pad  & n175 ;
  assign n583 = ~\559(193)_pad  & \868(198)_pad  ;
  assign n584 = n166 & n583 ;
  assign n585 = ~n582 & ~n584 ;
  assign n586 = \868(198)_pad  & ~n373 ;
  assign n587 = ~\868(198)_pad  & ~n166 ;
  assign n588 = ~n586 & ~n587 ;
  assign n589 = n167 & n455 ;
  assign n590 = ~n167 & ~n455 ;
  assign n591 = ~n589 & ~n590 ;
  assign n592 = \868(198)_pad  & ~n591 ;
  assign n593 = ~\868(198)_pad  & ~n184 ;
  assign n594 = ~n592 & ~n593 ;
  assign n595 = \868(198)_pad  & ~n238 ;
  assign n596 = ~\868(198)_pad  & ~n310 ;
  assign n597 = ~n595 & ~n596 ;
  assign n598 = ~\1384(202)_pad  & ~n227 ;
  assign n599 = \40(29)_pad  & n299 ;
  assign n600 = n598 & n599 ;
  assign n605 = \1348(201)_pad  & ~n600 ;
  assign n606 = \2067(213)_pad  & n600 ;
  assign n607 = ~n605 & ~n606 ;
  assign n610 = ~n166 & ~n607 ;
  assign n611 = \1341(200)_pad  & ~n600 ;
  assign n609 = \1996(211)_pad  & n600 ;
  assign n612 = n175 & ~n609 ;
  assign n613 = ~n611 & n612 ;
  assign n614 = ~n610 & n613 ;
  assign n601 = \1956(203)_pad  & ~n600 ;
  assign n602 = \2072(214)_pad  & n600 ;
  assign n603 = ~n601 & ~n602 ;
  assign n604 = n310 & n603 ;
  assign n608 = n166 & n607 ;
  assign n615 = ~n604 & ~n608 ;
  assign n616 = ~n614 & n615 ;
  assign n624 = \1961(204)_pad  & ~n600 ;
  assign n625 = \2078(215)_pad  & n600 ;
  assign n626 = ~n624 & ~n625 ;
  assign n628 = ~n373 & ~n626 ;
  assign n623 = ~n310 & ~n603 ;
  assign n627 = n373 & n626 ;
  assign n630 = ~n623 & ~n627 ;
  assign n631 = ~n628 & n630 ;
  assign n618 = \1966(205)_pad  & ~n600 ;
  assign n617 = \2084(216)_pad  & n600 ;
  assign n619 = \8(7)_pad  & ~n617 ;
  assign n620 = ~n618 & n619 ;
  assign n621 = \8(7)_pad  & ~n238 ;
  assign n622 = ~n620 & n621 ;
  assign n629 = n238 & n620 ;
  assign n632 = ~n622 & ~n629 ;
  assign n633 = n631 & n632 ;
  assign n634 = ~n616 & n633 ;
  assign n635 = ~n622 & n627 ;
  assign n636 = ~n629 & ~n635 ;
  assign n637 = ~n634 & n636 ;
  assign n648 = \1971(206)_pad  & ~n600 ;
  assign n647 = \2090(217)_pad  & n600 ;
  assign n649 = \8(7)_pad  & ~n647 ;
  assign n650 = ~n648 & n649 ;
  assign n652 = \8(7)_pad  & ~n357 ;
  assign n653 = ~n650 & n652 ;
  assign n651 = n357 & n650 ;
  assign n638 = \8(7)_pad  & ~n600 ;
  assign n639 = ~\1976(207)_pad  & n345 ;
  assign n640 = n638 & n639 ;
  assign n641 = \1981(208)_pad  & ~n252 ;
  assign n642 = n638 & n641 ;
  assign n654 = ~n640 & ~n642 ;
  assign n643 = \1976(207)_pad  & ~n345 ;
  assign n644 = n638 & n643 ;
  assign n645 = ~\1981(208)_pad  & n252 ;
  assign n646 = n638 & n645 ;
  assign n655 = ~n644 & ~n646 ;
  assign n656 = n654 & n655 ;
  assign n657 = ~n651 & n656 ;
  assign n658 = ~n653 & n657 ;
  assign n659 = ~n637 & n658 ;
  assign n660 = ~n644 & n651 ;
  assign n661 = ~n640 & ~n660 ;
  assign n662 = ~n642 & ~n661 ;
  assign n663 = ~n646 & ~n662 ;
  assign n664 = ~n659 & n663 ;
  assign n665 = ~n598 & n599 ;
  assign n666 = ~\2067(213)_pad  & n323 ;
  assign n667 = \1986(209)_pad  & ~n274 ;
  assign n676 = ~n666 & ~n667 ;
  assign n668 = \1991(210)_pad  & ~n288 ;
  assign n669 = ~\1986(209)_pad  & n274 ;
  assign n677 = ~n668 & ~n669 ;
  assign n678 = n676 & n677 ;
  assign n670 = \2067(213)_pad  & ~n323 ;
  assign n671 = \1996(211)_pad  & ~n335 ;
  assign n672 = ~n670 & ~n671 ;
  assign n673 = ~\1991(210)_pad  & n288 ;
  assign n674 = ~\1996(211)_pad  & n335 ;
  assign n675 = ~n673 & ~n674 ;
  assign n679 = n672 & n675 ;
  assign n680 = n678 & n679 ;
  assign n681 = n665 & ~n680 ;
  assign n682 = ~n664 & ~n681 ;
  assign n683 = ~n668 & n669 ;
  assign n684 = n675 & ~n683 ;
  assign n685 = n672 & ~n684 ;
  assign n686 = ~n666 & ~n685 ;
  assign n687 = n665 & ~n686 ;
  assign n688 = ~n682 & ~n687 ;
  assign \145(1358)_pad  = n190 ;
  assign \148(851)_pad  = ~n191 ;
  assign \150(1277)_pad  = ~n415 ;
  assign \153(671)_pad  = ~n176 ;
  assign \156(1046)_pad  = ~n419 ;
  assign \158(349)_pad  = ~n422 ;
  assign \160(609)_pad  = n299 ;
  assign \162(612)_pad  = n202 ;
  assign \164(607)_pad  = n227 ;
  assign \166(625)_pad  = n357 ;
  assign \168(623)_pad  = n238 ;
  assign \171(621)_pad  = n373 ;
  assign \173(389)_pad  = n423 ;
  assign \176(803)_pad  = ~n435 ;
  assign \188(761)_pad  = ~n438 ;
  assign \217(423)_pad  = ~n440 ;
  assign \218(311)_pad  = ~\44(31)_pad  ;
  assign \219(302)_pad  = ~\132(105)_pad  ;
  assign \220(306)_pad  = ~\82(63)_pad  ;
  assign \221(305)_pad  = ~\96(75)_pad  ;
  assign \223(413)_pad  = ~n439 ;
  assign \225(1424)_pad  = ~n577 ;
  assign \227(1179)_pad  = n545 ;
  assign \229(1180)_pad  = n572 ;
  assign \234(376)_pad  = ~n578 ;
  assign \235(307)_pad  = ~\69(52)_pad  ;
  assign \236(303)_pad  = ~\120(95)_pad  ;
  assign \237(309)_pad  = ~\57(42)_pad  ;
  assign \238(304)_pad  = ~\108(85)_pad  ;
  assign \259(414)_pad  = ~n580 ;
  assign \261(506)_pad  = ~n581 ;
  assign \282(922)_pad  = n585 ;
  assign \284(847)_pad  = ~n588 ;
  assign \286(696)_pad  = ~n238 ;
  assign \288(700)_pad  = ~n345 ;
  assign \290(704)_pad  = ~n274 ;
  assign \295(1400)_pad  = ~n594 ;
  assign \297(849)_pad  = ~n597 ;
  assign \299(692)_pad  = ~n310 ;
  assign \301(694)_pad  = ~n373 ;
  assign \303(698)_pad  = ~n357 ;
  assign \305(702)_pad  = ~n252 ;
  assign \325(507)_pad  = n581 ;
  assign \329(1414)_pad  = ~n688 ;
  assign \_al_n0  = 1'b0 ;
  assign \u1082_syn_3  = n432 ;
  assign \u1396_syn_3  = n577 ;
  assign \u1414_syn_3  = n465 ;
  assign \u1447_syn_3  = n525 ;
  assign \u538_syn_3  = n415 ;
  assign \u539_syn_3  = n493 ;
endmodule